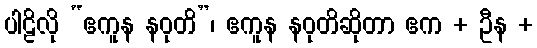
ပါဠိလို “ဧကူန နဝုတိ”၊ ဧကူန နဝုတိဆိုတာ ဧက + ဦန +